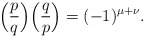
\begin{align*} \Big( \frac pq \Big) \Big( \frac qp \Big) = (-1)^{\mu + \nu}.\end{align*}